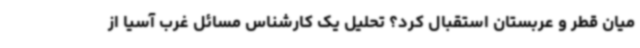
میان قطر و عربستان استقبال کرد؟ تحلیل یک کارشناس مسائل غرب آسیا از